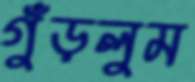
গুঁড়লুম